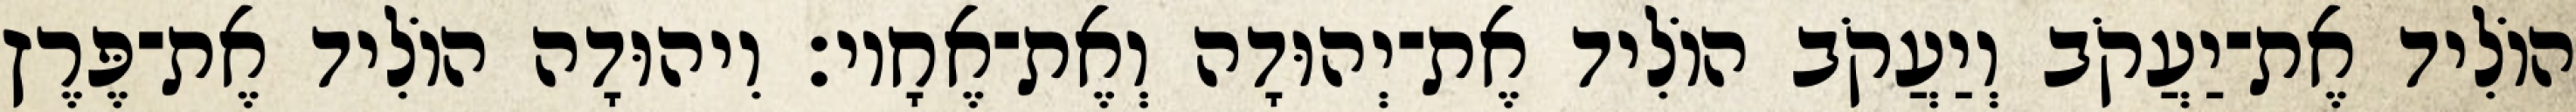
הוֹלִיד אֶת־יַעֲקֹב וְיַעֲקֹב הוֹלִיד אֶת־יְהוּדָה וְאֶת־אֶחָיו׃ וִיהוּדָה הוֹלִיד אֶת־פֶּרֶץ